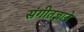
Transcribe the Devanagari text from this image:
संगीतज्ञाने